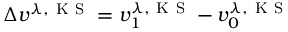
\Delta v ^ { \lambda , \mathrm { ~ K ~ S ~ } } = v _ { 1 } ^ { \lambda , \mathrm { ~ K ~ S ~ } } - v _ { 0 } ^ { \lambda , \mathrm { ~ K ~ S ~ } }